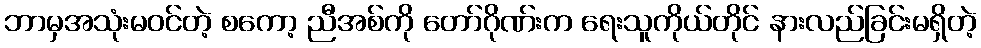
ဘာမှအသုံးမဝင်တဲ့ စကော့ ညီအစ်ကို တော်ဂိုဏ်းက ရေးသူကိုယ်တိုင် နားလည်ခြင်းမရှိတဲ့